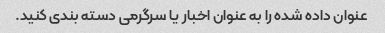
عنوان داده شده را به عنوان اخبار یا سرگرمی دسته بندی کنید.